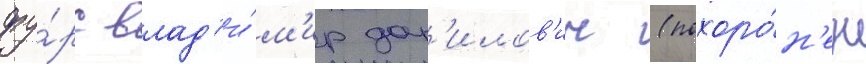
фу́рс влад'и́м'ир дан'илов'ич (похоро́н'ен